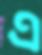
এ